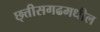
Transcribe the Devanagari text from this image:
छ्त्तीसगढमधील